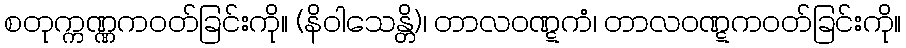
စတုက္ကဏ္ဏကဝတ်ခြင်းကို။ (နိဝါသေန္တိ)၊ တာလဝဏ္ဋကံ၊ တာလဝဏ္ဋကဝတ်ခြင်းကို။